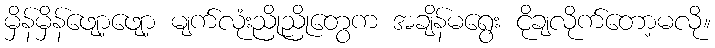
မှိန်မှိန်ဖျော့ဖျော့ မျက်လုံးညိုညိုတွေက အချိန်မရွေး ငိုချလိုက်တော့မလို။